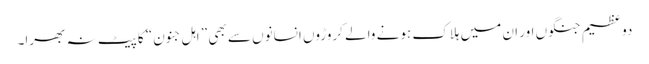
دو عظیم جنگوں اور ان میں ہلاک ہونے والے کروڑوں انسانوں سے بھی ” اہل جنون“ کا پیٹ نہ بھرا۔